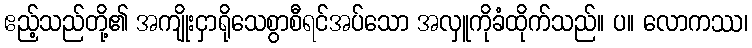
ဧည့်သည်တို့၏ အကျိုးငှာရိုသေစွာစီရင်အပ်သော အလှူကိုခံထိုက်သည်။ ပ။ လောကဿ၊